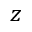
z